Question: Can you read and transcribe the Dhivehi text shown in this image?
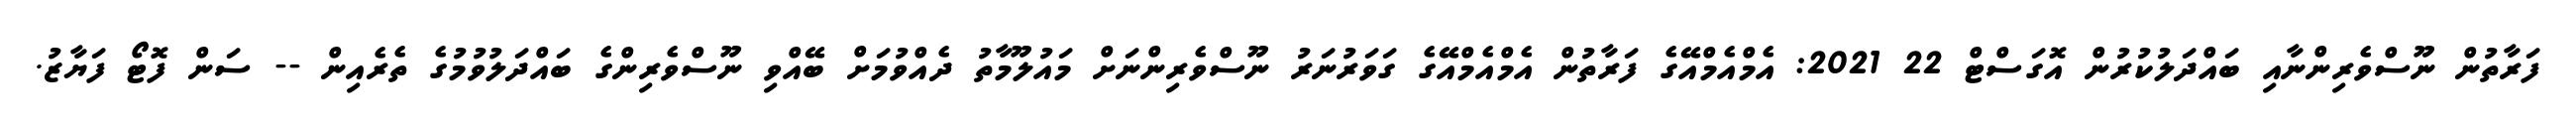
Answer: ފަރާތުން ނޫސްވެރިންނާއި ބައްދަލުކުރުން އޮގަސްޓް 22 2021: އެމްއެމްއޭގެ ފަރާތުން އެމްއެމްއޭގެ ގަވަރުނަރު ނޫސްވެރިންނަށް މައުލޫމާތު ދެއްވުމަށް ބޭއްވި ނޫސްވެރިންގެ ބައްދަލުވުމުގެ ތެރެއިން -- ސަން ފޮޓޯ ފަޔާޒު.